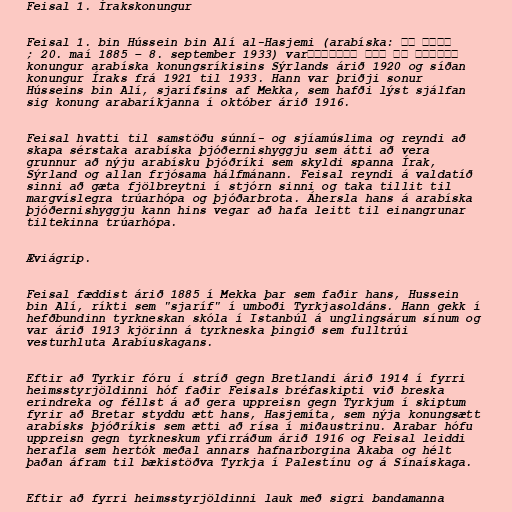
Feisal 1. Írakskonungur

Feisal 1. bin Hússein bin Alí al-Hasjemi (arabíska: فيصل بن
الحسين بن علي الهاشمي‎; 20. maí 1885 – 8. september 1933) var
konungur arabíska konungsríkisins Sýrlands árið 1920 og síðan
konungur Íraks frá 1921 til 1933. Hann var þriðji sonur
Hússeins bin Alí, sjarífsins af Mekka, sem hafði lýst sjálfan
sig konung arabaríkjanna í október árið 1916.

Feisal hvatti til samstöðu súnní- og sjíamúslima og reyndi að
skapa sérstaka arabíska þjóðernishyggju sem átti að vera
grunnur að nýju arabísku þjóðríki sem skyldi spanna Írak,
Sýrland og allan frjósama hálfmánann. Feisal reyndi á valdatíð
sinni að gæta fjölbreytni í stjórn sinni og taka tillit til
margvíslegra trúarhópa og þjóðarbrota. Áhersla hans á arabíska
þjóðernishyggju kann hins vegar að hafa leitt til einangrunar
tiltekinna trúarhópa.

Æviágrip.

Feisal fæddist árið 1885 í Mekka þar sem faðir hans, Hussein
bin Alí, ríkti sem "sjaríf" í umboði Tyrkjasoldáns. Hann gekk í
hefðbundinn tyrkneskan skóla í Istanbúl á unglingsárum sínum og
var árið 1913 kjörinn á tyrkneska þingið sem fulltrúi
vesturhluta Arabíuskagans.

Eftir að Tyrkir fóru í stríð gegn Bretlandi árið 1914 í fyrri
heimsstyrjöldinni hóf faðir Feisals bréfaskipti við breska
erindreka og féllst á að gera uppreisn gegn Tyrkjum í skiptum
fyrir að Bretar styddu ætt hans, Hasjemíta, sem nýja konungsætt
arabísks þjóðríkis sem ætti að rísa í miðaustrinu. Arabar hófu
uppreisn gegn tyrkneskum yfirráðum árið 1916 og Feisal leiddi
herafla sem hertók meðal annars hafnarborgina Akaba og hélt
þaðan áfram til bækistöðva Tyrkja í Palestínu og á Sínaískaga.

Eftir að fyrri heimsstyrjöldinni lauk með sigri bandamanna